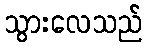
သွားလေသည်